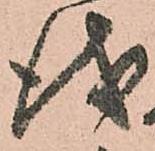
儀